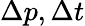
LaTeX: \Delta p,\Delta t